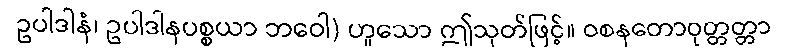
ဥပါဒါနံ၊ ဥပါဒါနပစ္စယာ ဘဝေါ) ဟူသော ဤသုတ်ဖြင့်။ ဝစနတောဝုတ္တတ္တာ